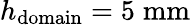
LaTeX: h_{\mathrm{domain}}=5\; \mathrm{mm}